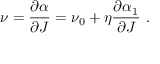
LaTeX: \nu = { \frac { \partial \alpha } { \partial J } } = \nu _ { 0 } + \eta { \frac { \partial \alpha _ { 1 } } { \partial J } } ~ .